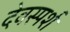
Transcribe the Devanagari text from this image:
देवस्पर्श